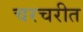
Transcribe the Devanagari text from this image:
चरचरीत